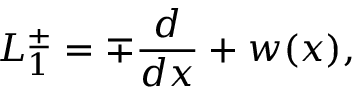
L _ { 1 } ^ { \pm } = \mp \frac { d } { d x } + w ( x ) ,